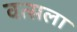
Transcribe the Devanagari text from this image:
वत्‍सला